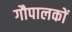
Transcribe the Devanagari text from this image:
गौपालकों